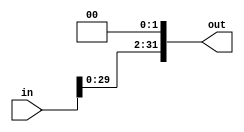
`timescale 1ns / 1ps
//////////////////////////////////////////////////////////////////////////////////
// Company: 
// Engineer: 
// 
// Design Name: 
// Module Name: ShiftLeft2
// Project Name: 
// Target Devices: 
// Tool Versions: 
// Description: 
// 
// Dependencies: 
// 
// Revision:
// Revision 0.01 - File Created
// Additional Comments:
// 
//////////////////////////////////////////////////////////////////////////////////


module ShiftLeft2(in, out);
    input  [31:0] in;
    output reg [31:0] out;
    
    initial begin
        out <= 32'b0;
    end
    
    always @(*)    begin
        out <= in << 2;
    end

endmodule